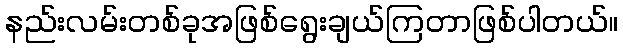
နည်းလမ်းတစ်ခုအဖြစ်ရွေးချယ်ကြတာဖြစ်ပါတယ်။